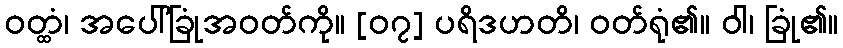
ဝတ္ထံ၊ အပေါ်ခြုံအဝတ်ကို။ [၀၇] ပရိဒဟတိ၊ ဝတ်ရုံ၏။ ဝါ၊ ခြုံ၏။